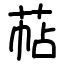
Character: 萜